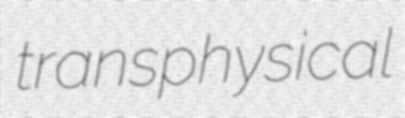
transphysical